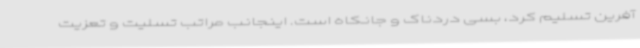
آفرین تسلیم کرد، بسی دردناک و جانکاه است. اینجانب مراتب تسلیت و تعزیت